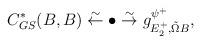
LaTeX: \begin{align*} C^*_{GS}(B,B)\stackrel{\sim}{\leftarrow}\bullet\stackrel{\sim}{\rightarrow}g_{E_2^+,\tilde{\Omega}B}^{\psi^+},\end{align*}